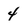
Character: 4